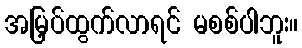
အမြှပ်ထွက်လာရင် မစစ်ပါဘူး။